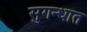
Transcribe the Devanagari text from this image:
सुगन्धात